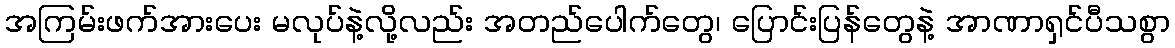
အကြမ်းဖက်အားပေး မလုပ်နဲ့လို့လည်း အတည်ပေါက်တွေ၊ ပြောင်းပြန်တွေနဲ့ အာဏာရှင်ပီသစွာ